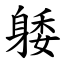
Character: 躷